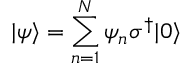
| \psi \rangle = \sum _ { n = 1 } ^ { N } \psi _ { n } \sigma ^ { \dag } | 0 \rangle